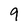
Character: 9